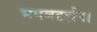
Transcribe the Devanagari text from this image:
भगवद्दर्शन।